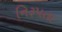
નિરૂપતા